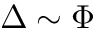
\Delta \sim \Phi